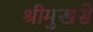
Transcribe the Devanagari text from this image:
श्रीमुखसे